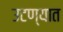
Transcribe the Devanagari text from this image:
उटण्यात